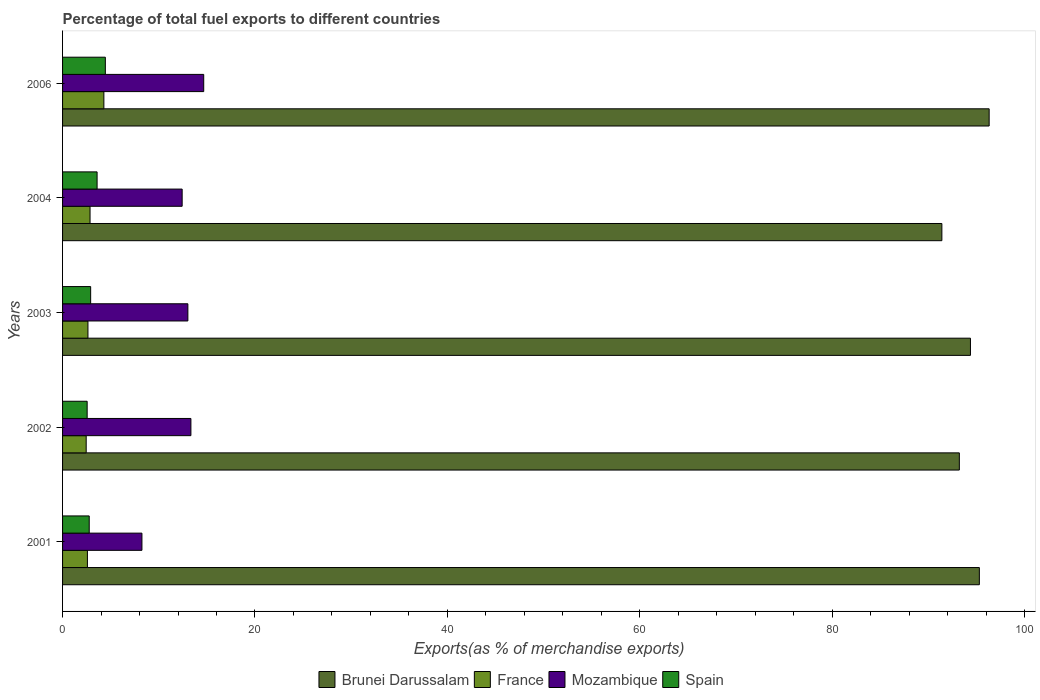
| Years | Brunei Darussalam | France | Mozambique | Spain |
 | --- | --- | --- | --- | --- |
 | 2001 | 95.3 | 2.58 | 8.25 | 2.77 |
 | 2002 | 93.2 | 2.46 | 13.3 | 2.56 |
 | 2003 | 94.4 | 2.64 | 13 | 2.92 |
 | 2004 | 91.4 | 2.86 | 12.4 | 3.59 |
 | 2006 | 96.3 | 4.29 | 14.7 | 4.45 |